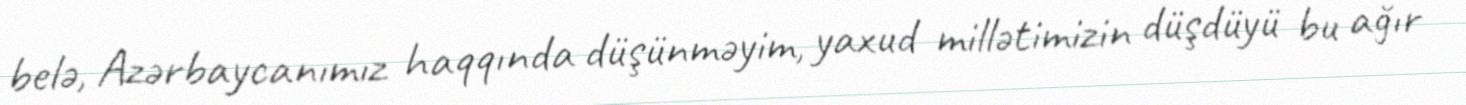
belə, Azərbaycanımız haqqında düşünməyim, yaxud millətimizin düşdüyü bu ağır